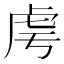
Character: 𧆜